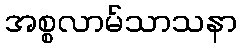
အစ္စလာမ်သာသနာ